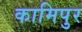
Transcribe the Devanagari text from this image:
कामिपुर